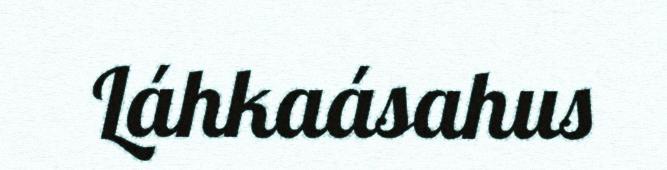
Láhkaásahus